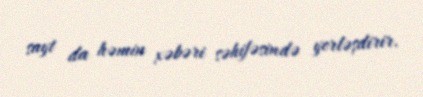
sayt da həmin xəbəri səhifəsində yerləşdirir.